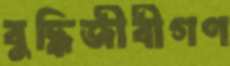
বুদ্ধিজীবীগণ